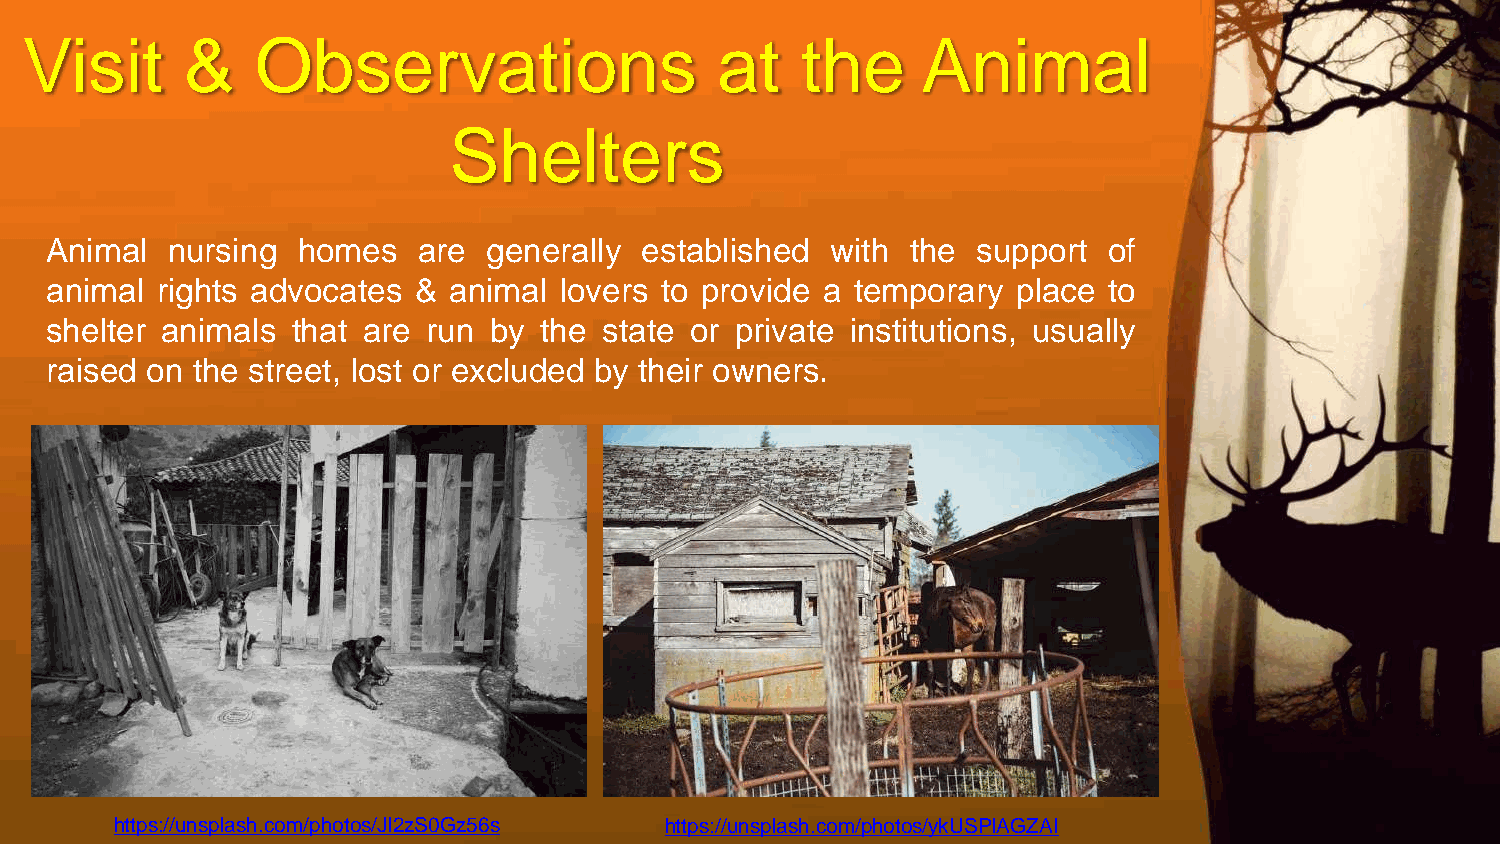
Visit      &    Observations                  at    the     Animal
 Shelters
 Animal  nursing  homes   are generally established  with the  support of
 animal rights advocates &  animal lovers to provide a temporary place to
 shelter animals that are run by  the state or private institutions, usually
 raised on the street, lost or excluded by their owners.
 https://unsplash.com/photos/JI2zS0Gz56s https://unsplash.com/photos/ykUSPlAGZAI